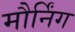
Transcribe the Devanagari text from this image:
मौर्निंग